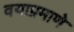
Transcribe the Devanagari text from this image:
वयाप्रमाणे